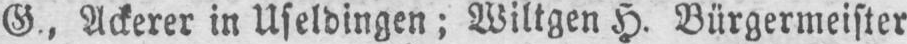
Ackerer in Useldingen; Wiltgen H. Bürgermeister